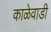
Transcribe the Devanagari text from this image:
काळेवाडी